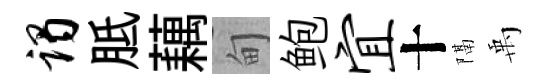
谒胝藕甸鲍宜十隔禹